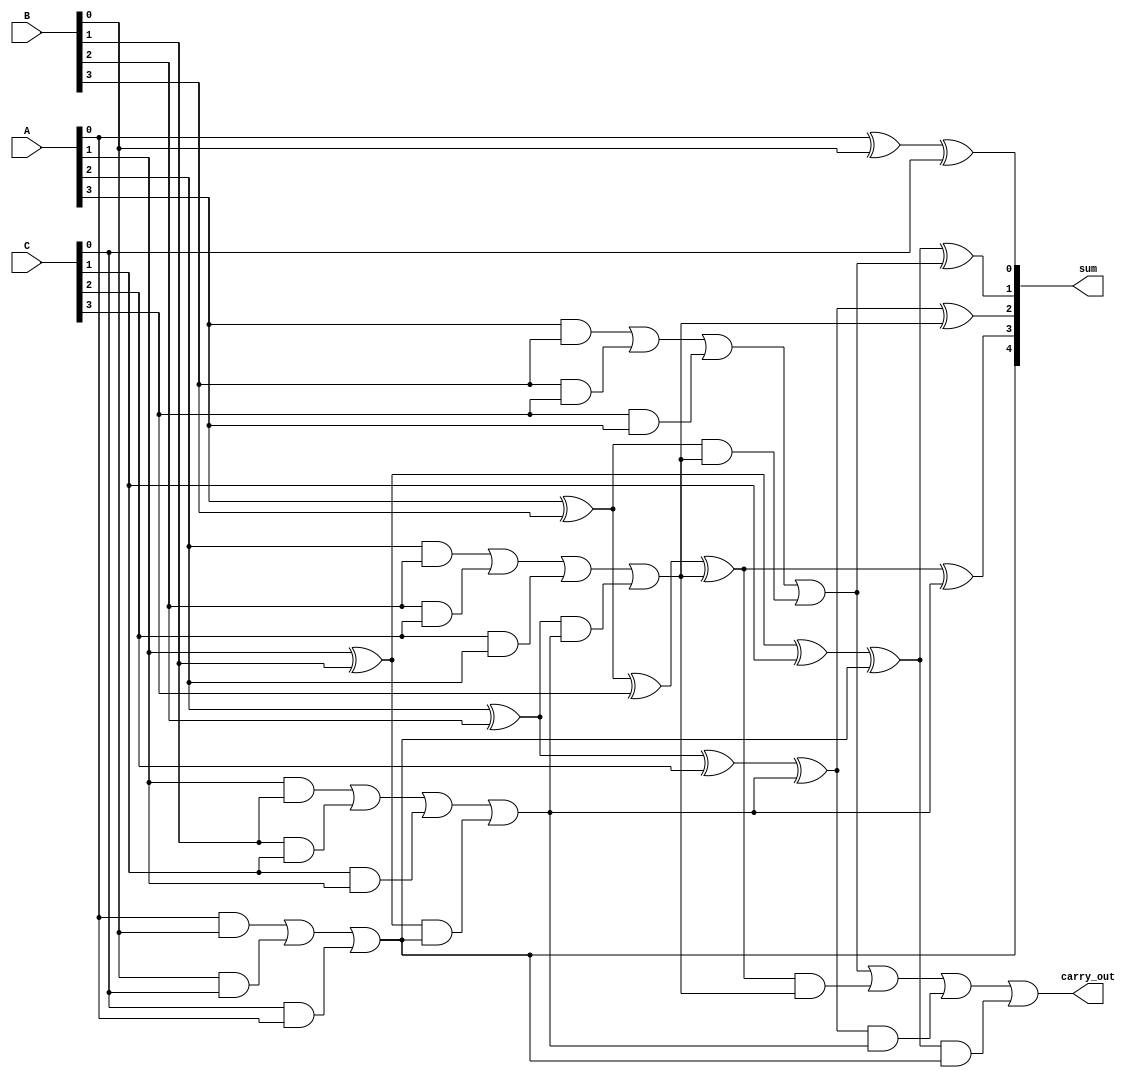
module carry_save_adder (
    input [3:0] A,  // First operand
    input [3:0] B,  // Second operand
    input [3:0] C,  // Third operand
    output [4:0] sum, // Final sum output (5 bits to accommodate carry)
    output carry_out   // Final carry output
);

    wire [3:0] sum1; // Intermediate sum from CSA
    wire [3:0] carry1; // Intermediate carry from CSA
    wire [3:0] sum2; // Final sum from RCA
    wire [3:0] carry2; // Carry from RCA

    // Carry Save Adder logic
    assign sum1[0] = A[0] ^ B[0] ^ C[0]; // Sum bit 0
    assign carry1[0] = (A[0] & B[0]) | (B[0] & C[0]) | (C[0] & A[0]); // Carry bit 0

    assign sum1[1] = A[1] ^ B[1] ^ C[1] ^ carry1[0]; // Sum bit 1
    assign carry1[1] = (A[1] & B[1]) | (B[1] & C[1]) | (C[1] & A[1]) | 
                       ((A[1] ^ B[1]) & carry1[0]); // Carry bit 1

    assign sum1[2] = A[2] ^ B[2] ^ C[2] ^ carry1[1]; // Sum bit 2
    assign carry1[2] = (A[2] & B[2]) | (B[2] & C[2]) | (C[2] & A[2]) | 
                       ((A[2] ^ B[2]) & carry1[1]); // Carry bit 2

    assign sum1[3] = A[3] ^ B[3] ^ C[3] ^ carry1[2]; // Sum bit 3
    assign carry1[3] = (A[3] & B[3]) | (B[3] & C[3]) | (C[3] & A[3]) | 
                       ((A[3] ^ B[3]) & carry1[2]); // Carry bit 3

    // Final Carry Propagation using Ripple Carry Adder
    wire [4:0] final_sum; // Final sum output
    wire final_carry; // Final carry output

    assign final_sum[0] = sum1[0]; // Final sum bit 0
    assign final_sum[1] = sum1[1] ^ carry1[3]; // Final sum bit 1
    assign final_sum[2] = sum1[2] ^ carry1[2]; // Final sum bit 2
    assign final_sum[3] = sum1[3] ^ carry1[1]; // Final sum bit 3
    assign final_sum[4] = carry1[0]; // Final carry bit

    assign carry_out = carry1[3] | (sum1[3] & carry1[2]) | (sum1[2] & carry1[1]) | (sum1[1] & carry1[0]);

    assign sum = final_sum;

endmodule